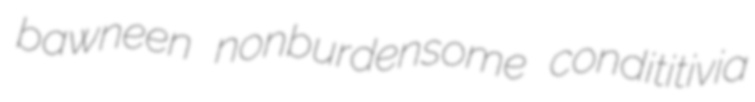
bawneen nonburdensome condititivia